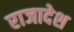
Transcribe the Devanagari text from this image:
राजादेश